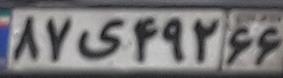
۸۷ی۴۹۲۶۶